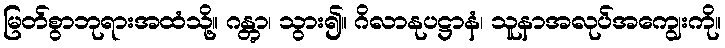
မြတ်စွာဘုရားအထံသို့။ ဂန္တွာ၊ သွား၍။ ဂိလာနုပဋ္ဌာနံ၊ သူနာအလုပ်အကျွေးကို။